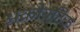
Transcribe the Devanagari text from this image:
अक्रोबटिक